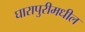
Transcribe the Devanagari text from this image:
घारापुरीमधील